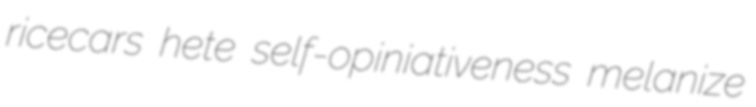
ricecars hete self-opiniativeness melanize